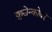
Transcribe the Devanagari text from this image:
युश्चेन्कोवर